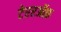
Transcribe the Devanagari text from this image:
टेररऑफ़